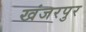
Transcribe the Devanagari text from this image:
खंजरपुर